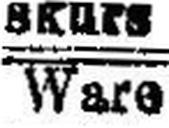
Ware